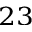
^ { 2 3 }